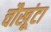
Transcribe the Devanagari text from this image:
चौखूंटा